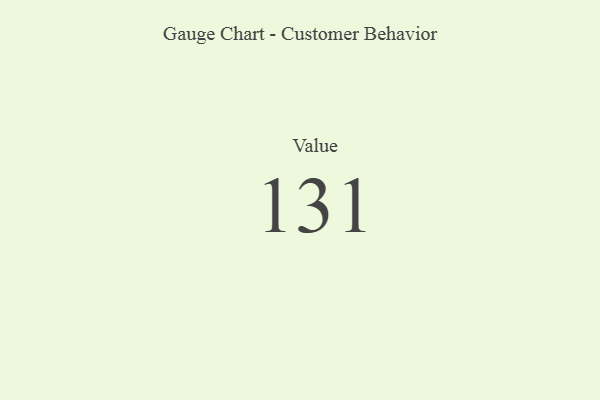
{"axis": {"x": "Metric", "y": "Value"}, "legend": [""], "data": [{"x": "Value", "y": 131, "type": ""}]}